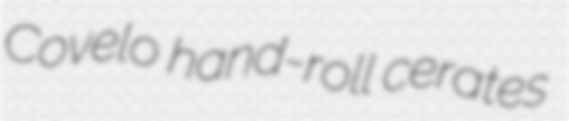
Covelo hand-roll cerates